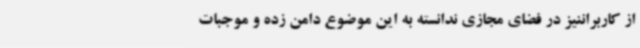
از کاربراننیز در فضای مجازی ندانسته به این موضوع دامن زده و موجبات